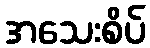
အသေးစိပ်